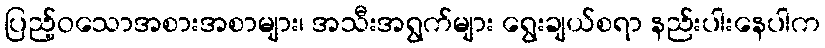
ပြည့်ဝသောအစားအစာများ၊ အသီးအရွက်များ ရွေးချယ်စရာ နည်းပါးနေပါက